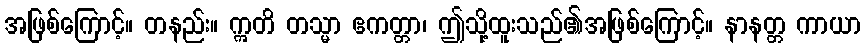
အဖြစ်ကြောင့်။ တနည်း။ ဣတိ တသ္မာ ဧကတ္တာ၊ ဤသို့ထူးသည်၏အဖြစ်ကြောင့်။ နာနတ္တ ကာယာ